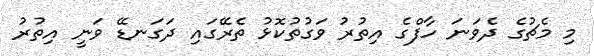
މި މެޗުގެ ދެވަނަ ހާފްގެ އިތުރު ވަގުތުކޮޅު ތެރޭގައި ދަގަނޑޭ ވަނީ އިތުރު